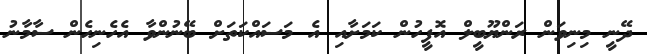
ދޭނީ މިނިވަން ރަންޔޫބީލް އޮފީހުން ކަމަށާއި އެ މަސައްކަތަށް ބޭނުންވާ އެހެނިހެން ސާމާނު